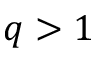
q > 1